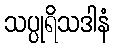
သပ္ပုရိသဒါနံ